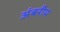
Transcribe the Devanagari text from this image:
अंबरीय